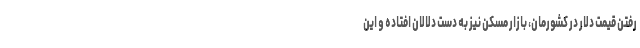
رفتن قیمت دلار در کشورمان، بازار مسکن نیز به دست دلالان افتاده و این